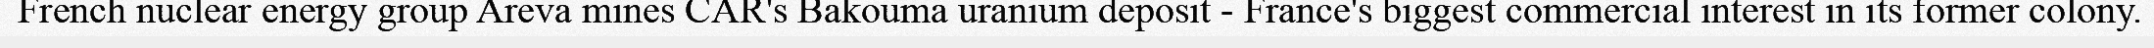
French nuclear energy group Areva mines CAR's Bakouma uranium deposit - France's biggest commercial interest in its former colony.